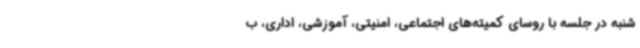
شنبه در جلسه با روسای کمیته‌های اجتماعی، امنیتی، آموزشی، اداری، ب